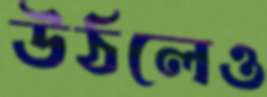
উঠলেও